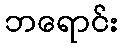
ဘရောင်း